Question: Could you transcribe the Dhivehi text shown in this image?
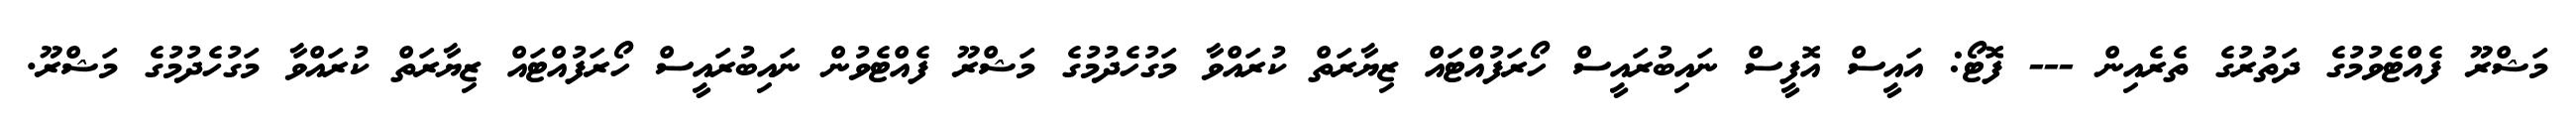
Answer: މަޝްރޫ ފެއްޓެވުމުގެ ދަތުރުގެ ތެރެއިން --- ފޮޓޯ: އައީސް އޮފީސް ނައިބުރައީސް ހޯރަފުއްޓައް ޒިޔާރަތް ކުރައްވާ މަގުހެދުމުގެ މަޝްރޫ ފެއްޓެވުން ނައިބުރައީސް ހޯރަފުއްޓައް ޒިޔާރަތް ކުރައްވާ މަގުހެދުމުގެ މަޝްރޫ.